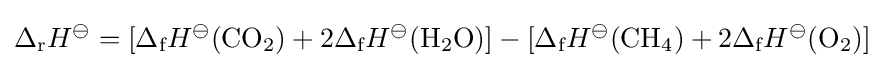
\Delta _{\text{r}}H^{\ominus }=[\Delta _{\text{f}}H^{\ominus }({\text{CO}}_{2})+2\Delta _{\text{f}}H^{\ominus }({\text{H}}_{2}{}{\text{O}})]-[\Delta _{\text{f}}H^{\ominus }({\text{CH}}_{4})+2\Delta _{\text{f}}H^{\ominus }({\text{O}}_{2})]